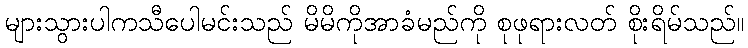
များသွားပါကသီပေါမင်းသည် မိမိကိုအာခံမည်ကို စုဖုရားလတ် စိုးရိမ်သည်။